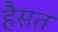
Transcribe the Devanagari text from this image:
हैसत